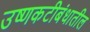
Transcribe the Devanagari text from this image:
उष्णकटीबंधातील